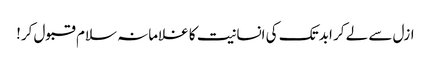
ازل سے لے کر ابد تک کی انسانیت کا غلامانہ سلام قبول کر!